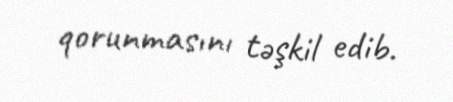
qorunmasını təşkil edib.